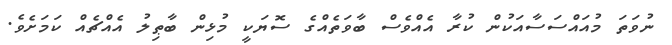
ނުވަތަ މުއައްސަސާއަކުން ކުރާ އެއްވެސް ބާވަތެއްގެ ސޮޔަކީ މުޅިން ބާޠިލު އެއްޗެއް ކަމަށެވެ.